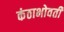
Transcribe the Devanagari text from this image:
कंठाभोवती